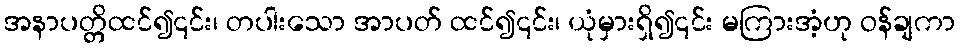
အနာပတ္တိထင်၍၎င်း၊ တပါးသော အာပတ် ထင်၍၎င်း၊ ယုံမှားရှိ၍၎င်း မကြားအံ့ဟု ဝန်ချကာ